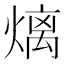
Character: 㷰